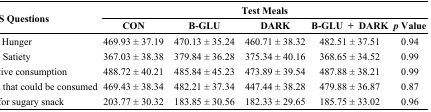
| <ROWSPAN=2> VAS Questions | <COLSPAN=5> Test Meals |
 | CON | B-GLU | DARK | B-GLU + DARK | p Value |
 | --- | --- | --- | --- | --- | --- |
 | Hunger | 469.93 ± 37.19 | 470.13 ± 35.24 | 460.71 ± 38.32 | 482.51 ± 37.51 | 0.94 |
 | Satiety | 367.03 ± 38.38 | 379.84 ± 36.28 | 375.34 ± 40.16 | 368.65 ± 34.52 | 0.99 |
 | Prospective consumption | 488.72 ± 40.21 | 485.84 ± 45.23 | 473.89 ± 39.54 | 487.88 ± 38.21 | 0.99 |
 | Amount of food that could be consumed | 469.43 ± 38.34 | 482.21 ± 37.34 | 447.44 ± 38.28 | 479.88 ± 36.87 | 0.87 |
 | Desire for sugary snack | 203.77 ± 30.32 | 183.85 ± 30.56 | 182.33 ± 29.65 | 185.75 ± 33.02 | 0.96 |